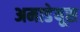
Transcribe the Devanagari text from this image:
अमाडेयूस